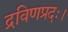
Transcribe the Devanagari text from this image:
द्रविणप्रदः।